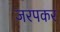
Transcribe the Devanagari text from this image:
जरपकर